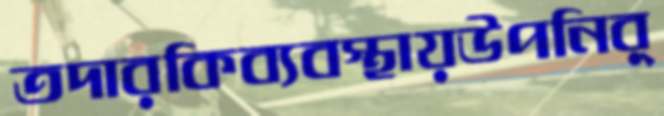
তদারকিব্যবস্থায়উপনির্